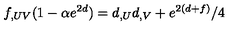
f _ { , U V } ( 1 - \alpha e ^ { 2 d } ) = d _ { , U } d _ { , V } + e ^ { 2 ( d + f ) } / 4